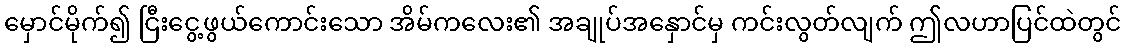
မှောင်မိုက်၍ ငြီးငွေ့ဖွယ်ကောင်းသော အိမ်ကလေး၏ အချုပ်အနှောင်မှ ကင်းလွတ်လျက် ဤလဟာပြင်ထဲတွင်